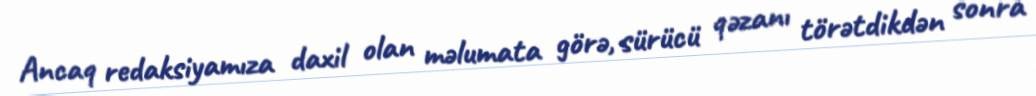
Ancaq redaksiyamıza daxil olan məlumata görə, sürücü qəzanı törətdikdən sonra